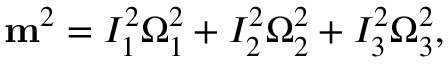
\begin{array} { r } { { \bf m } ^ { 2 } = I _ { 1 } ^ { 2 } \Omega _ { 1 } ^ { 2 } + I _ { 2 } ^ { 2 } \Omega _ { 2 } ^ { 2 } + I _ { 3 } ^ { 2 } \Omega _ { 3 } ^ { 2 } , } \end{array}